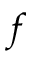
f